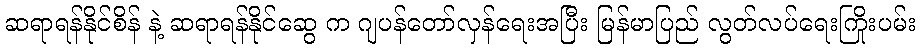
ဆရာရန်နိုင်စိန် နဲ့ ဆရာရန်နိုင်ဆွေ က ဂျပန်တော်လှန်ရေးအပြီး မြန်မာပြည် လွတ်လပ်ရေးကြိုးပမ်း